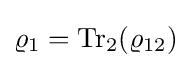
\varrho _{1}={\rm {Tr}}_{2}(\varrho _{12})